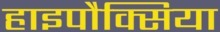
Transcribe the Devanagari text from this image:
हाइपौक्सिया